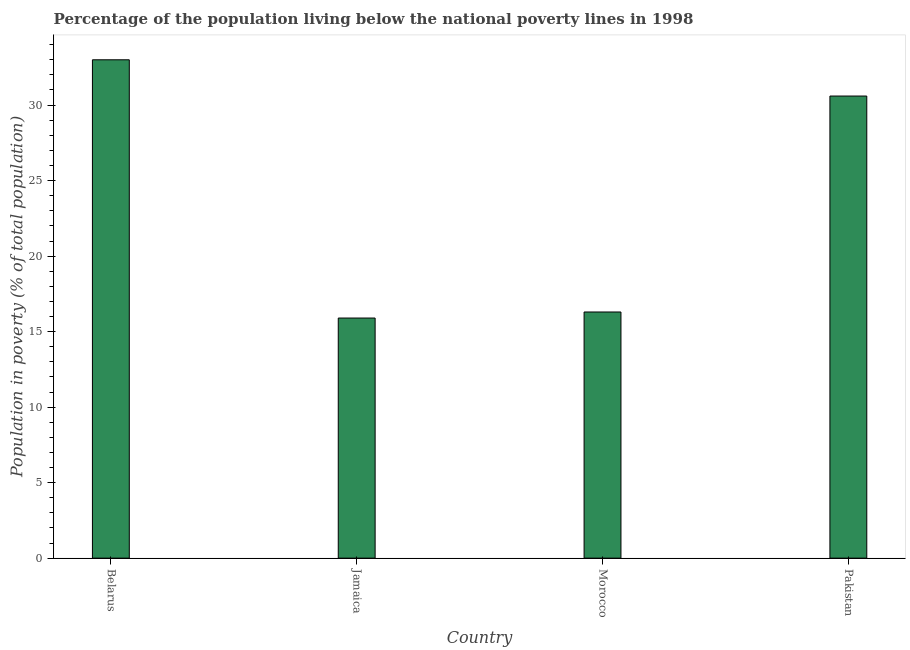
| Country | Poverty headcount ratio |
 | --- | --- |
 | Belarus | 33 |
 | Jamaica | 15.9 |
 | Morocco | 16.3 |
 | Pakistan | 30.6 |